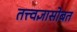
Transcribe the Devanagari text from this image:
तत्त्वज्ञासोबत